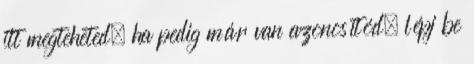
itt megteheted, ha pedig már van azonosítód, lépj be